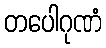
တပေါဂုဏံ